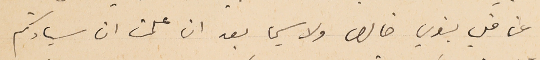
عن قلب بنوي خالص ولاسيما بعد ان علمت ان سيادتكم